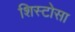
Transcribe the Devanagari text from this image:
शिस्टोसा